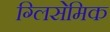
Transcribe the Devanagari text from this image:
ग्लिसेमिक